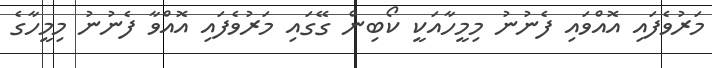
މަރުވެފައި އޮއްވައި ފެނުނު މިމީހާއަކީ ކޯބިން ގޭގައި މަރުވެފައި އޮއްވާ ފެނުނު މިމީހާގެ